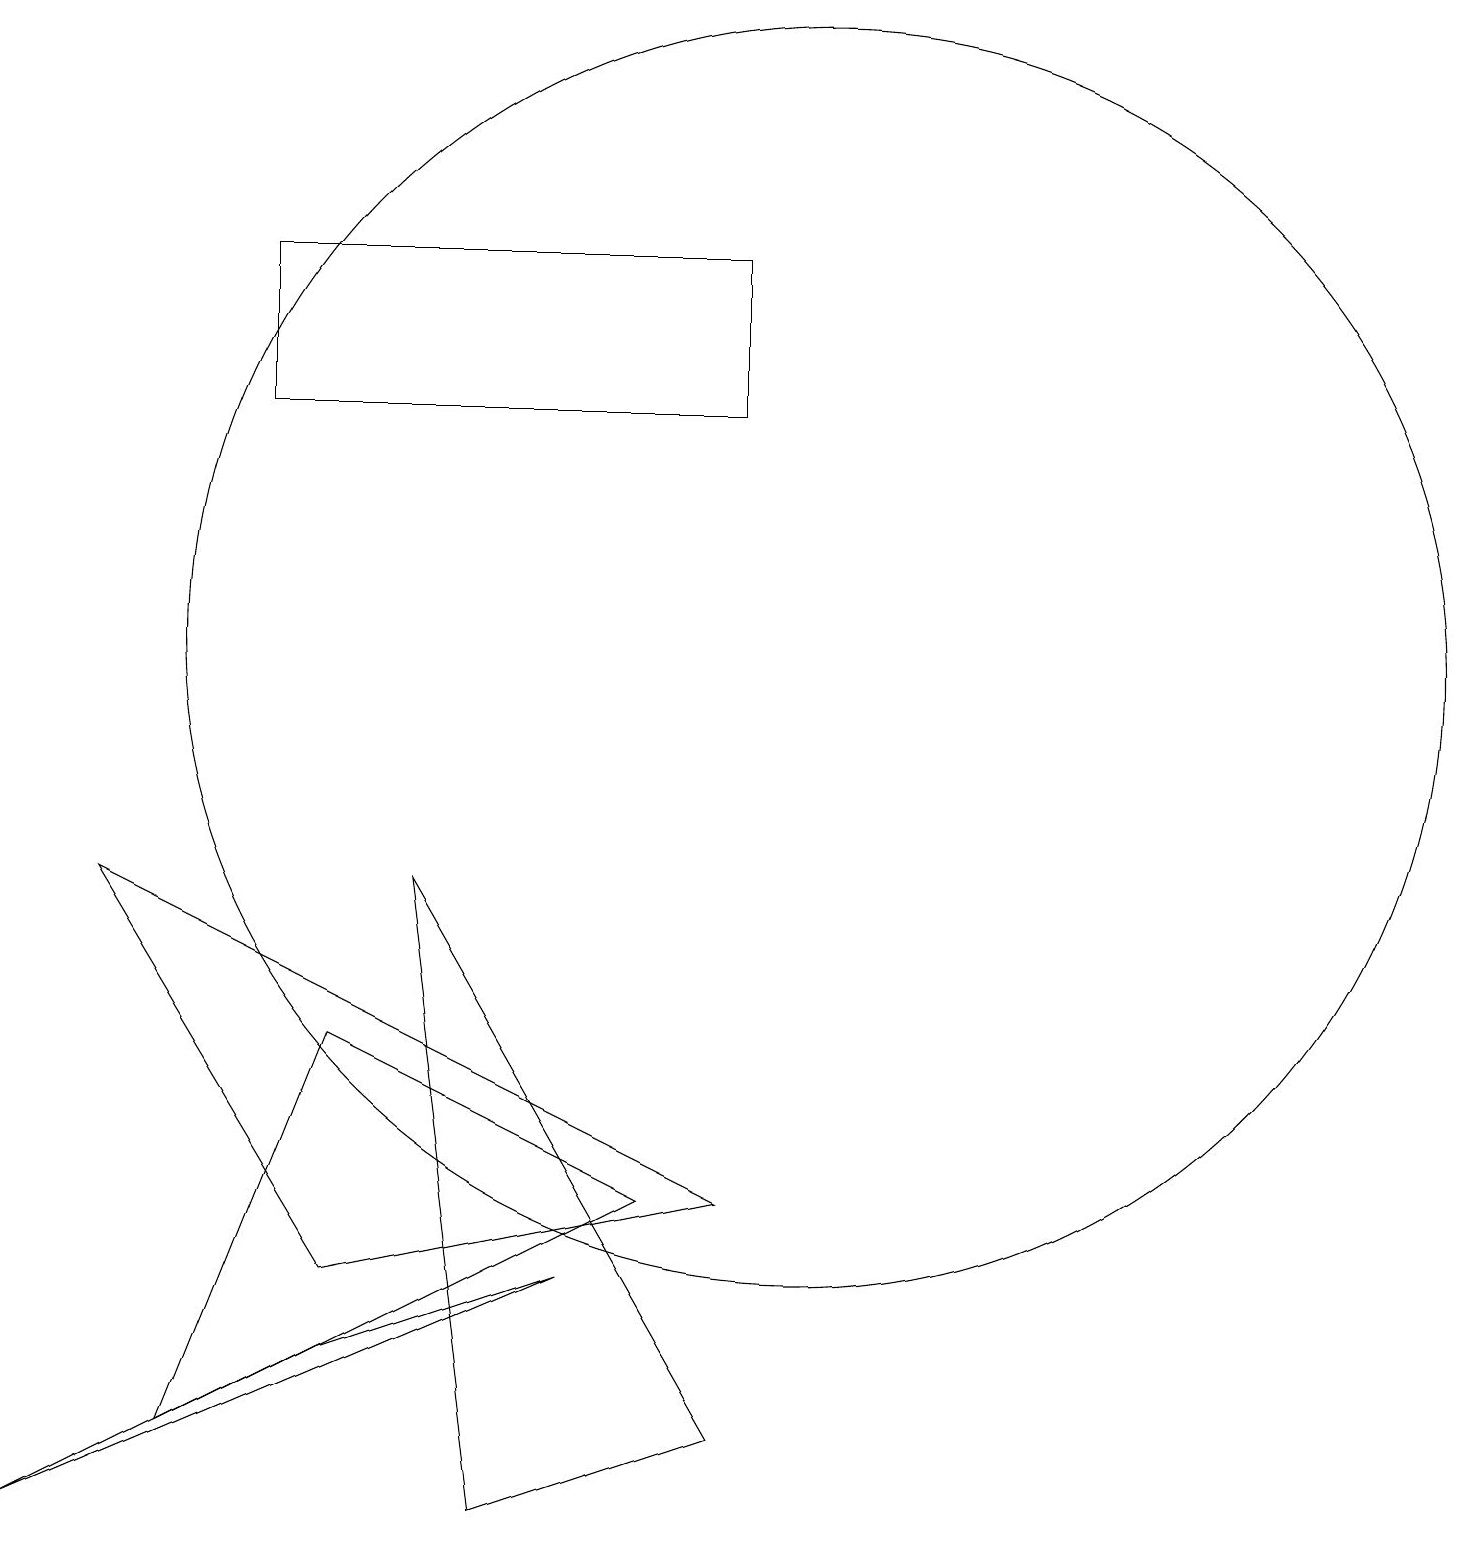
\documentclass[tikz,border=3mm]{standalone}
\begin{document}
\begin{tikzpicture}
\draw (4,2) -- (0,0) -- (7,3) -- cycle;
\draw (8,4) -- (4,6) -- (2,1) -- cycle;
\draw (9,1) -- (5,8) -- (6,0) -- cycle;
\draw (10,11) circle (8);
\draw (4,3) -- (1,8) -- (9,4) -- cycle;
\draw (9,14) rectangle (3,16);
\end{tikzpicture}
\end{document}